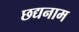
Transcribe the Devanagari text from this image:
छद्यनाम